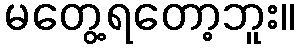
မတွေ့ရတော့ဘူး။